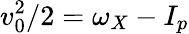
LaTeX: v_{0}^{2}/2=\omega_{X}-I_{p}